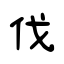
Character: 伐